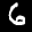
Label: 6